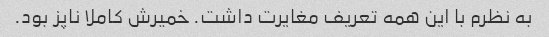
به نظرم با این همه تعریف مغایرت داشت. خمیرش کاملا ناپز بود.